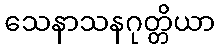
သေနာသနဂုတ္တိယာ